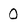
Character: 0